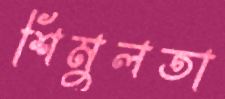
শিমুলতা